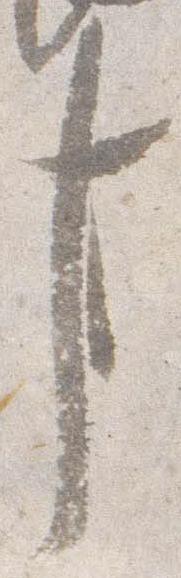
事